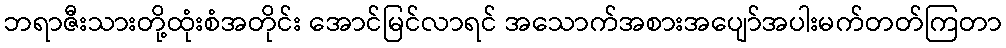
ဘရာဇီးသားတို့ထုံးစံအတိုင်း အောင်မြင်လာရင် အသောက်အစားအပျော်အပါးမက်တတ်ကြတာ